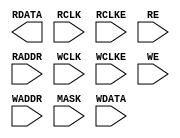
/* verilator lint_off UNUSED */
/* verilator lint_off UNDRIVEN */
/* verilator lint_off DECLFILENAME */
(* blackbox *)
module SB_RAM40_4K (
	output [15:0] RDATA,
	input         RCLK,
	input         RCLKE ,
	input         RE,
	input  [10:0] RADDR,
	input         WCLK,
	input         WCLKE ,
	input         WE,
	input  [10:0] WADDR,
	input  [15:0] MASK,
	input  [15:0] WDATA
);

	parameter WRITE_MODE = 0;
	parameter READ_MODE = 0;

endmodule
/* verilator lint_on UNUSED */
/* verilator lint_on UNDRIVEN */